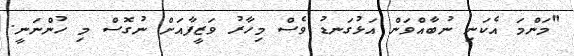
"މަންމަ އެކަނި ނުބާއްވަން އަޅުގަނޑު ވެސް މިހާރު ވަޒީފާއަށް ނުގޮސް މި ހުންނަނީ.